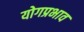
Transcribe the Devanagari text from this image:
योगप्रभाव